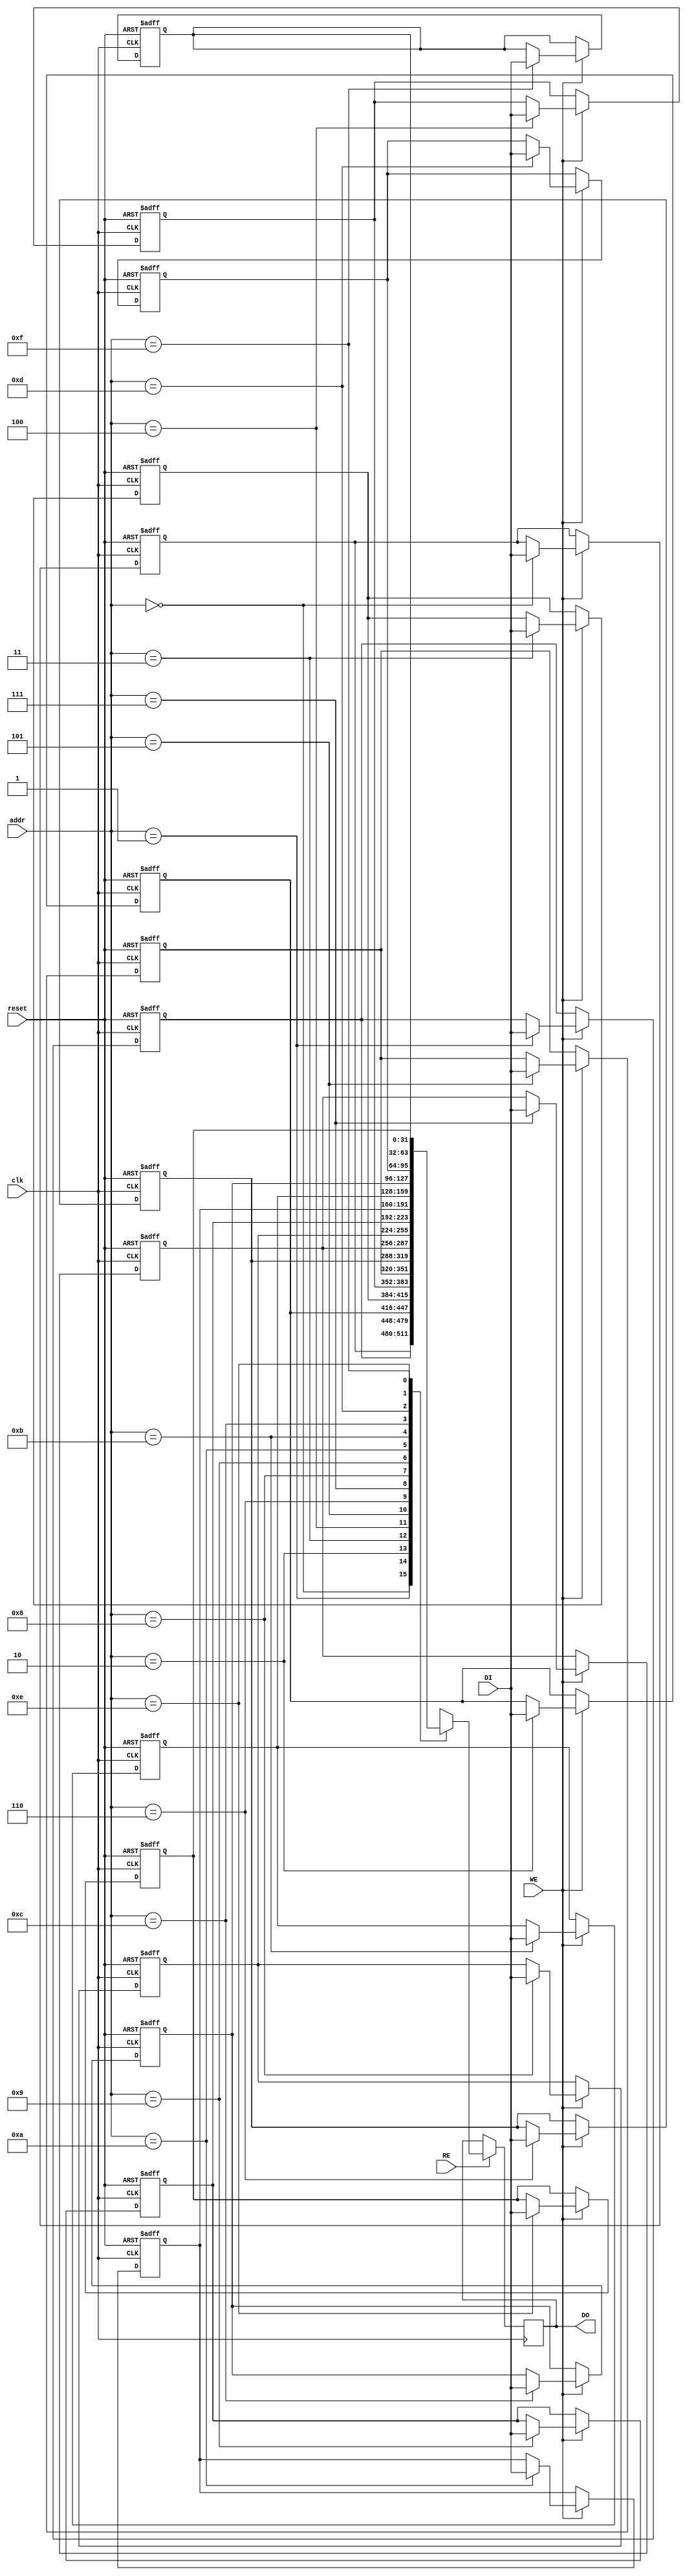
module RegisterFileSRAM #(
    parameter NUM_REGISTERS = 16, // Number of registers
    parameter REGISTER_WIDTH = 32  // Width of each register in bits
) (
    input wire clk,                 // Clock signal
    input wire reset,               // Reset signal
    input wire WE,                  // Write Enable
    input wire RE,                  // Read Enable
    input wire [log2(NUM_REGISTERS)-1:0] addr, // Address lines
    input wire [REGISTER_WIDTH-1:0] DI, // Data Input
    output reg [REGISTER_WIDTH-1:0] DO // Data Output
);

    // Memory array to store the registers
    reg [REGISTER_WIDTH-1:0] register_file [0:NUM_REGISTERS-1];

    // Reset and initialization
    integer i;
    always @(posedge clk or posedge reset) begin
        if (reset) begin
            // Initialize all registers to zero on reset
            for (i = 0; i < NUM_REGISTERS; i = i + 1) begin
                register_file[i] <= {REGISTER_WIDTH{1'b0}};
            end
        end else begin
            // Write operation
            if (WE) begin
                register_file[addr] <= DI;
            end
        end
    end

    // Read operation
    always @(posedge clk) begin
        if (RE) begin
            DO <= register_file[addr];
        end
    end

    // Function to calculate log2
    function integer log2;
        input integer value;
        begin
            log2 = 0;
            while (2**log2 < value) begin
                log2 = log2 + 1;
            end
        end
    endfunction

endmodule